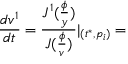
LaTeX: \frac { d v ^ { 1 } } { d t } = \frac { J ^ { 1 } ( \frac \phi y ) } { J ( \frac \phi v ) } | _ { ( t ^ { * } , p _ { i } ) } =